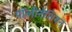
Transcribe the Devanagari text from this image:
पॉलीनेशियन